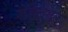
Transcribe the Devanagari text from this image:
ज़ेहेटनर